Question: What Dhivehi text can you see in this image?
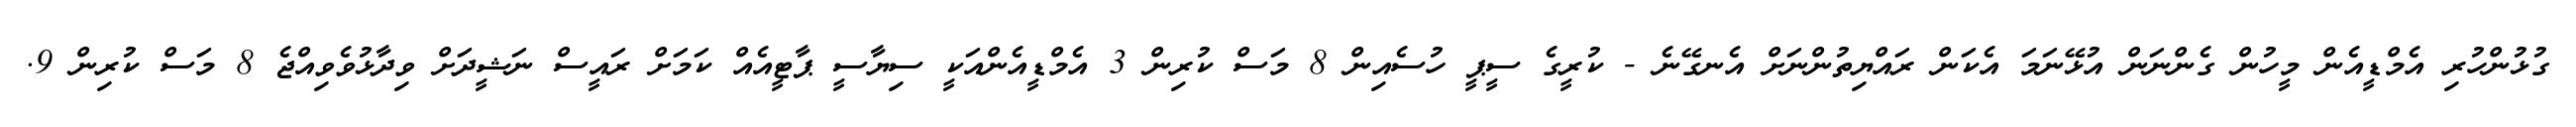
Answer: ގުޅުންހުރި އެމްޑީއެން މީހުން ގެންނަން އުޅޭނަމަ އެކަން ރައްޔިތުންނަށް އެނގޭނެ - ކުރީގެ ސީޕީ ހުސެއިން 8 މަސް ކުރިން 3 އެމްޑީއެންއަކީ ސިޔާސީ ޕާޓީއެއް ކަމަށް ރައީސް ނަޝީދަށް ވިދާޅުވެވިއްޖެ 8 މަސް ކުރިން 9.